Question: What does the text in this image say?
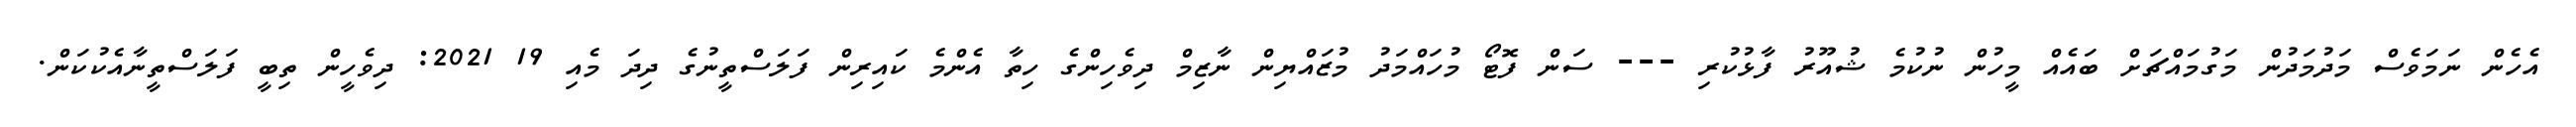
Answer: އެހެން ނަމަވެސް މަދުމަދުން މަގުމައްޗަށް ބައެއް މީހުން ނުކުމެ ޝުއޫރު ފާޅުކުރި --- ސަން ފޮޓޯ މުހައްމަދު މުޒައްޔިން ނާޒިމް ދިވެހިންގެ ހިތާ އެންމެ ކައިރިން ފަލަސްތީނުގެ ދިދަ މެއި 19 2021: ދިވެހީން ތިބީ ފަލަސްތީނާއެކުކަން.